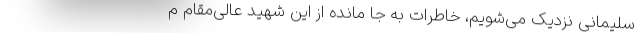
سلیمانی نزدیک می‌شویم، خاطرات به جا مانده از این شهید عالی‌مقام م